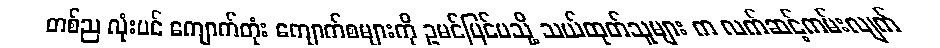
တစ်ည လုံးပင် ကျောက်တုံး ကျောက်စများကို ဥမင်ပြင်ပသို့ သယ်ထုတ်သူများ က လက်ဆင့်ကမ်းလျက်